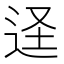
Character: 𮷠